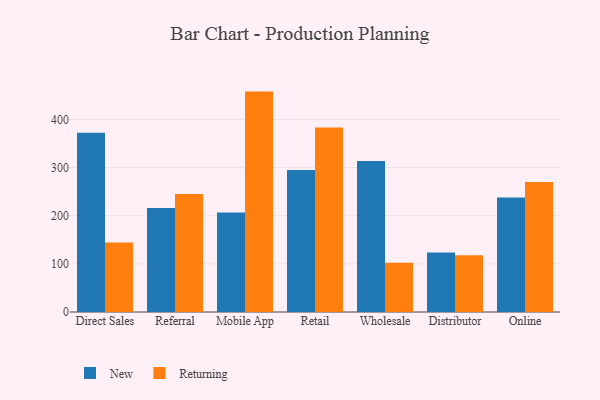
{"axis": {"x": "Channel", "y": "Inventory Turnover"}, "legend": ["New", "Returning"], "data": [{"x": "Direct Sales", "y": 372.5, "type": "New"}, {"x": "Direct Sales", "y": 144.5, "type": "Returning"}, {"x": "Referral", "y": 216.3, "type": "New"}, {"x": "Referral", "y": 245.3, "type": "Returning"}, {"x": "Mobile App", "y": 206.9, "type": "New"}, {"x": "Mobile App", "y": 458.0, "type": "Returning"}, {"x": "Retail", "y": 295.0, "type": "New"}, {"x": "Retail", "y": 383.6, "type": "Returning"}, {"x": "Wholesale", "y": 313.8, "type": "New"}, {"x": "Wholesale", "y": 102.5, "type": "Returning"}, {"x": "Distributor", "y": 123.4, "type": "New"}, {"x": "Distributor", "y": 118.1, "type": "Returning"}, {"x": "Online", "y": 237.9, "type": "New"}, {"x": "Online", "y": 270.3, "type": "Returning"}]}